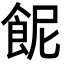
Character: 𩚯